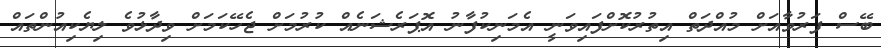
ބޭސް ފަރުވާއަށް މުއްދަތް އިތުރުކޮށްފައިވަނީ އެމަނިކުފާނު އޮޕަރެޝަނެއް ކުރުމަށް ޖެހޭކަމަށް ވިދާޅުވެ ލިޔެކިއުންތައް